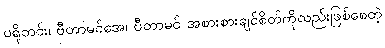
ပရိုတင်း၊ ဗီတာမင်အေ၊ ဗီတာမင် အစားစားချင်စိတ်ကိုလည်းဖြစ်စေတဲ့